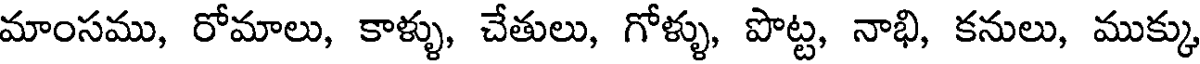
మాంసము, రోమాలు, కాళ్ళు, చేతులు, గోళ్ళు, పొట్ట, నాభి, కనులు, ముక్కు